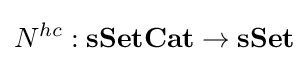
N^{hc}:{\textbf {sSetCat}}\to {\textbf {sSet}}